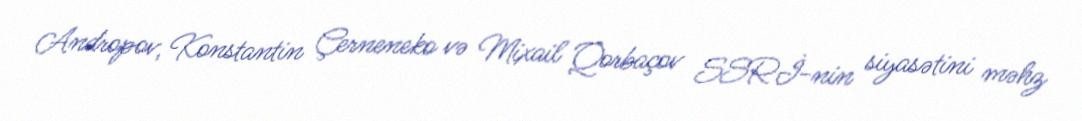
Andropov, Konstantin Çerneneko və Mixail Qorbaçov SSRİ-nin siyasətini məhz